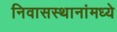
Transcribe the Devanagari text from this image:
निवासस्थानांमध्ये